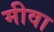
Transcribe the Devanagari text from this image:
मीवा